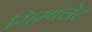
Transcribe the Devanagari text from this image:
गिम्बलेट